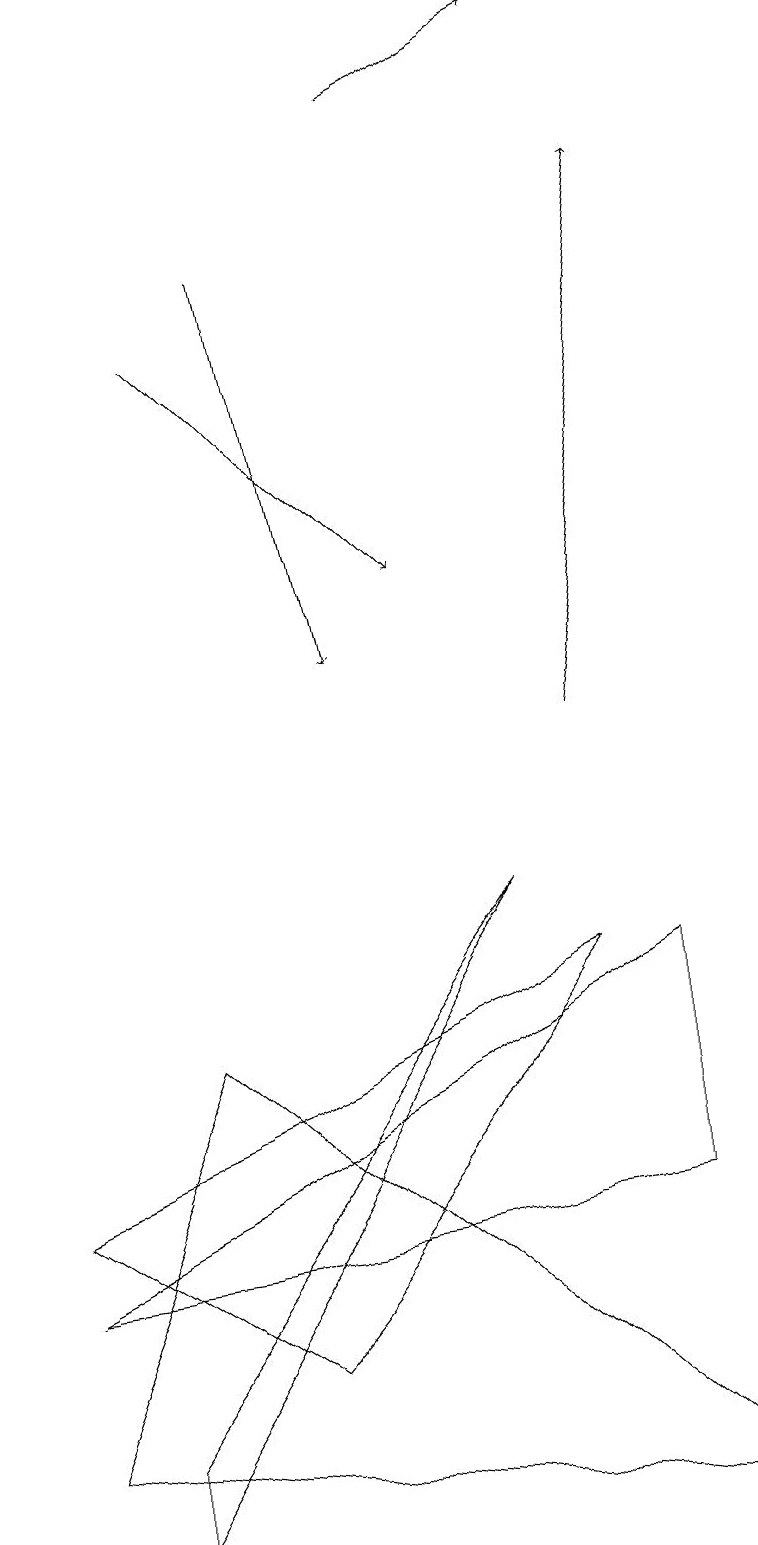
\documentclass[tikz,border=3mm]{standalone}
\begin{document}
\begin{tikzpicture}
\draw (2,6) -- (0,1) -- (9,0) -- cycle;
\draw[->] (3,16) -- (4,11);
\draw (3,2) -- (0,4) -- (7,7) -- cycle;
\draw (8,7) -- (8,4) -- (0,3) -- cycle;
\draw (6,8) -- (1,1) -- (1,0) -- cycle;
\draw[->] (7,10) -- (8,17);
\draw[->] (5,18) -- (7,19);
\draw[->] (2,15) -- (5,12);
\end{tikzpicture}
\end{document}